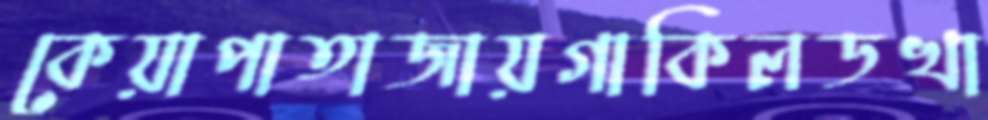
কেয়াপাতাজায়গাকিলডখা